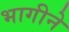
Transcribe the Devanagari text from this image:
भागीने